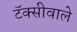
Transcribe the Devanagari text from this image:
टॅक्सीवाले